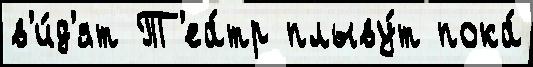
в'и́д'ят Т'еа́тр плыву́т пока́